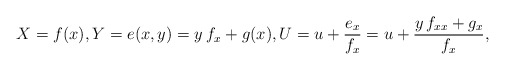
\begin{align*}X = f(x),Y= e(x,y) = y\: f_x + g(x),U = u + \frac{e_x}{f_x} = u + \frac{y\, f_{xx} + g_x}{f_x},\end{align*}